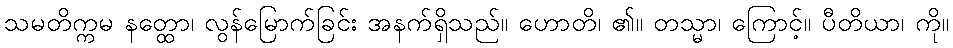
သမတိက္ကမ နတ္ထော၊ လွန်မြောက်ခြင်း အနက်ရှိသည်။ ဟောတိ၊ ၏။ တသ္မာ၊ ကြောင့်။ ပီတိယာ၊ ကို။